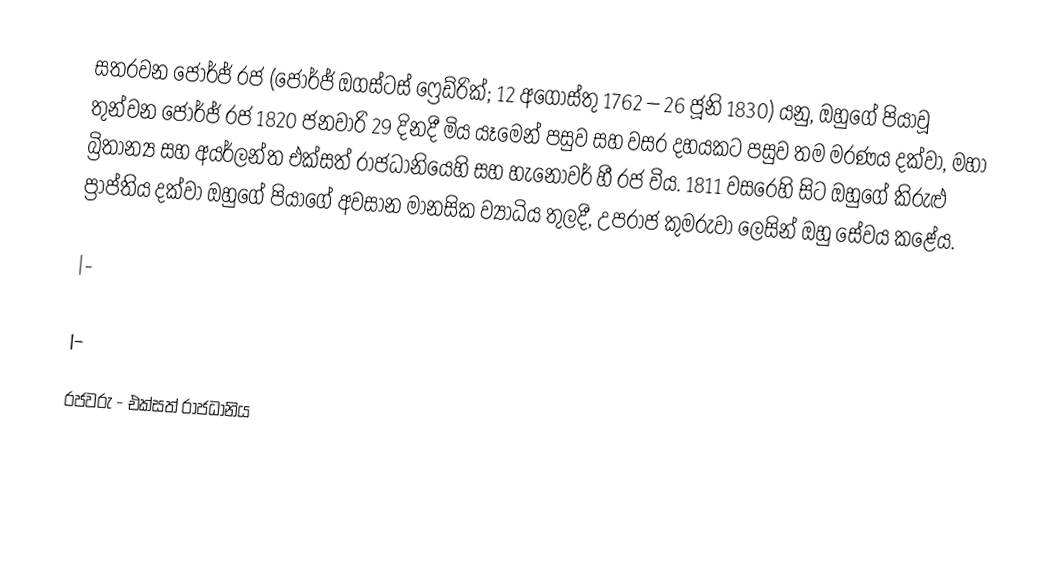
සතරවන ජෝර්ජ් රජ (ජෝර්ජ් ඔගස්ටස් ෆ්‍රෙඩ්රික්; 12 අගෝස්තු 1762 – 26 ජූනි 1830) යනු, ඔහුගේ පියාවූ තුන්වන ජෝර්ජ් රජ 1820 ජනවාරි 29 දිනදී මිය යෑමෙන් පසුව සහ වසර දහයකට පසුව තම මරණය දක්වා,    මහා බ්‍රිතාන්‍ය සහ අයර්ලන්ත එක්සත් රාජධානියෙහි සහ හැනෝවර් හී රජ විය. 1811 වසරෙහි සිට ඔහුගේ කිරුළු ප්‍රාප්තිය දක්වා ඔහුගේ පියාගේ අවසාන මානසික ව්‍යාධිය තුලදී, උපරාජ කුමරුවා ලෙසින් ඔහු සේවය කළේය.

|-

|-

රජවරු - එක්සත් රාජධානිය